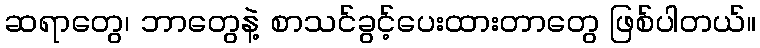
ဆရာတွေ၊ ဘာတွေနဲ့ စာသင်ခွင့်ပေးထားတာတွေ ဖြစ်ပါတယ်။